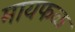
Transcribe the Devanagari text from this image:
मायफळ